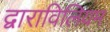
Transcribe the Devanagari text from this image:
द्वाराविलियम